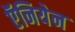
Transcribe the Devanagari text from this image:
ऍनियेन